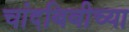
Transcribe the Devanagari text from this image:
चांदबिबीच्या